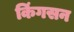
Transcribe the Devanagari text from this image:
किंगसन